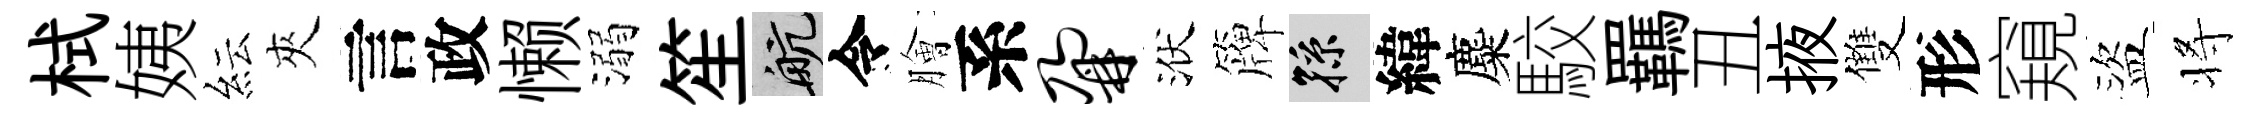
栻姨紜夾言政懒溺笙航令膾系鼐洑簰孫緯麋駮羈丑掖雙形窺盜将